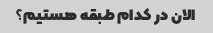
الان در کدام طبقه هستیم؟